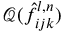
\mathcal { Q } ( \hat { f } _ { i j k } ^ { l , n } )